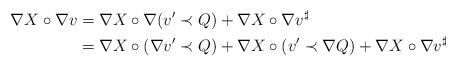
\begin{align*}\nabla X\circ \nabla v&=\nabla X \circ \nabla(v'\prec Q)+ \nabla X \circ \nabla v^\sharp\\&=\nabla X \circ (\nabla v'\prec Q)+\nabla X \circ(v'\prec \nabla Q)+\nabla X \circ \nabla v^\sharp\end{align*}